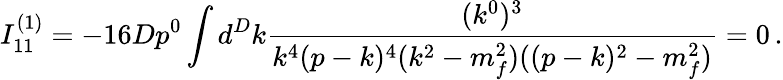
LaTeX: I_{11}^{(1)}=-16Dp^{0}\int d^{D}k\frac{(k^{0})^{3}}{k^{4}(p-k)^{4}(k^{2}-m_{f}^{2})((p-k)^{2}-m_{f}^{2})}=0\, .